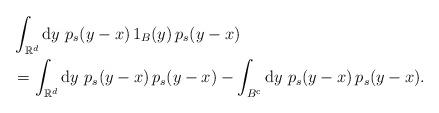
LaTeX: \begin{align*}& \int_{\mathbb{R}^{d}}\mathrm{d}y\ p_{s}(y-x)\,1_{B}(y)\,p_{s}(y-x)\\& =\int_{\mathbb{R}^{d}}\mathrm{d}y\ p_{s}(y-x)\,p_{s}(y-x)-\int_{B^{\mathrm{c}}}\mathrm{d}y\ p_{s}(y-x)\,p_{s}(y-x).\end{align*}